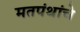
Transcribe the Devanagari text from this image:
मतपंथांचे